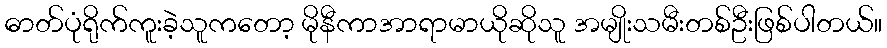
ဓာတ်ပုံရိုက်ကူးခဲ့သူကတော့ မိုနီကာအာရာမာယိုဆိုသူ အမျိုးသမီးတစ်ဦးဖြစ်ပါတယ်။